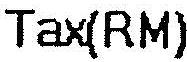
TAX(RM)